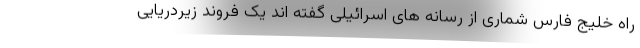
راه خلیج فارس شماری از رسانه های اسرائیلی گفته اند یک فروند زیردریایی